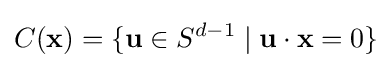
C(\mathbf {x} )=\{\mathbf {u} \in S^{d-1}\mid \mathbf {u} \cdot \mathbf {x} =0\}